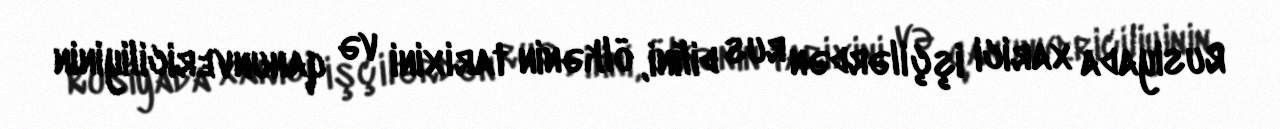
Rusiyada xarici işçilərdən rus dilini, ölkənin tarixini və qanunvericiliyinin